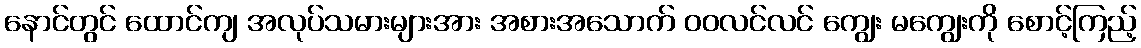
နောင်တွင် ထောင်ကျ အလုပ်သမားများအား အစားအသောက် ဝဝလင်လင် ကျွေး မကျွေးကို စောင့်ကြည့်